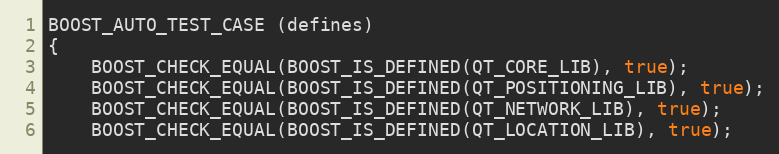
Language: C++
BOOST_AUTO_TEST_CASE (defines)
{
    BOOST_CHECK_EQUAL(BOOST_IS_DEFINED(QT_CORE_LIB), true);
    BOOST_CHECK_EQUAL(BOOST_IS_DEFINED(QT_POSITIONING_LIB), true);
    BOOST_CHECK_EQUAL(BOOST_IS_DEFINED(QT_NETWORK_LIB), true);
    BOOST_CHECK_EQUAL(BOOST_IS_DEFINED(QT_LOCATION_LIB), true);